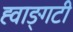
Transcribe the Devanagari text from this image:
ह्वाङ्‌गटी